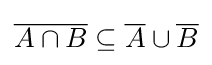
{\overline {A\cap B}}\subseteq {\overline {A}}\cup {\overline {B}}